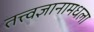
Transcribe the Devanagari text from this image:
तत्त्वज्ञानामधला